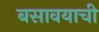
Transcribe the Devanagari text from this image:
बसावयाची